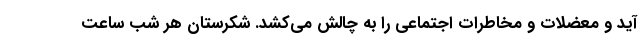
آید و معضلات و مخاطرات اجتماعی را به چالش می‌کشد. شکرستان هر شب ساعت